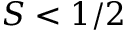
S < 1 / 2